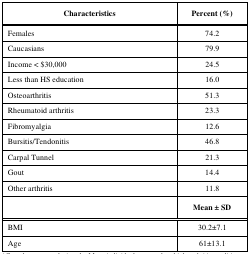
| Characteristics | Percent (%) |
 | --- | --- |
 | Females | 74.2 |
 | Caucasians | 79.9 |
 | Income < $30,000 | 24.5 |
 | Less than HS education | 16.0 |
 | Osteoarthritis | 51.3 |
 | Rheumatoid arthritis | 23.3 |
 | Fibromyalgia | 12.6 |
 | Bursitis/Tendonitis | 46.8 |
 | Carpal Tunnel | 21.3 |
 | Gout | 14.4 |
 | Other arthritis | 11.8 |
 |  | Mean ± SD |
 | BMI | 30.2±7.1 |
 | Age | 61±13.1 |